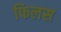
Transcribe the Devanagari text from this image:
फिलस